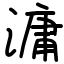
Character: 滽